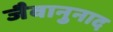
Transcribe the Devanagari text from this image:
जैवानुनाद